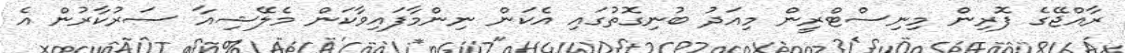
ރާއްޖޭގެ ފޮރިން މިނިސްޓްރީން މިއަދު ބުނިގޮތުގައި އެކަން ނިންމާފައިވާކަން މެލޭޝިއާ ސަރުކާރުން އެ